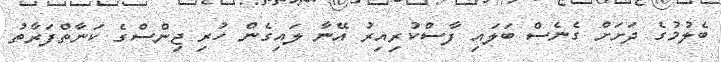
ބެލުމުގެ ދަށަށް ގެނެސް ބަލައި ފާސްކުރިއިރު އޭނާ ލައިގެން ހުރި ޖިންސްގެ ކަނާތްފަރާތު